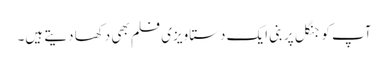
آپ کو جنگل پر بنی ایک دستاویزی فلم بھی دکھا دیتے ہیں۔